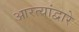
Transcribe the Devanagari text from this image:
आरत्यांद्वारे